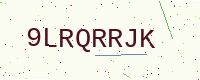
Text: 9LRQRRJK